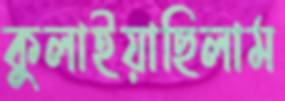
কুলাইয়াছিলাম